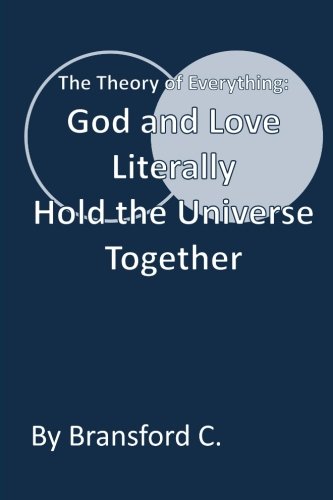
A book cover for God and Love Literally Hold the Universe Together: The Theory of Everything; Bransford C.; Christian Books & Bibles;